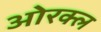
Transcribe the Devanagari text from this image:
ओरक्ल